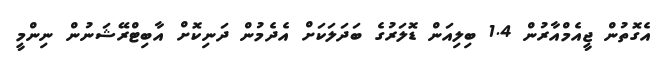
އެގޮތުން ޖީއެމްއާރުން 1.4 ބިލިއަން ޑޮލަރުގެ ބަދަލަކަށް އެދެމުން ދަނިކޮށް އާބިޓްރޭޝަނުން ނިންމީ